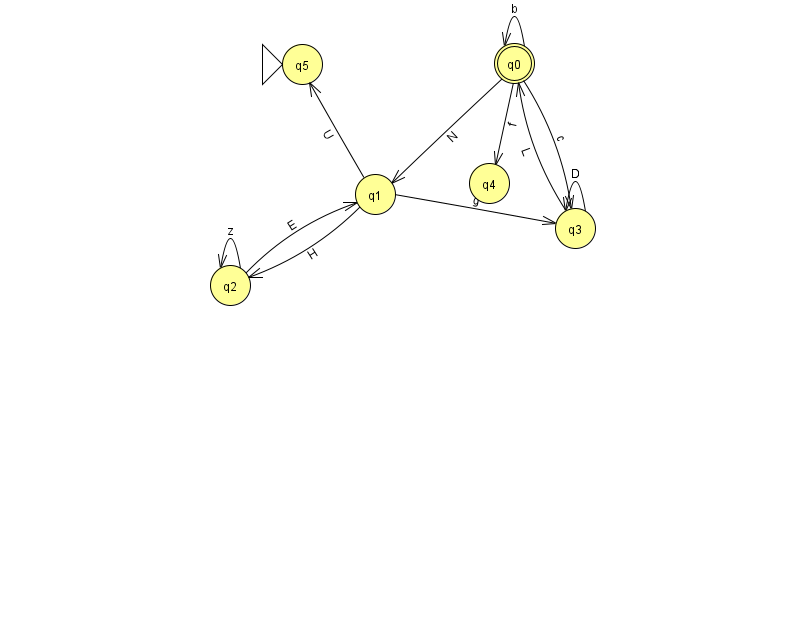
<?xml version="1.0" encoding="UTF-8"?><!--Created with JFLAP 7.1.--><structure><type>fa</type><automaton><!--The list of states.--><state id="0" name="q0"><x>514.0</x><y>50.0</y><final/></state><state id="1" name="q1"><x>375.0</x><y>181.0</y></state><state id="2" name="q2"><x>230.0</x><y>272.0</y></state><state id="3" name="q3"><x>575.0</x><y>215.0</y></state><state id="4" name="q4"><x>489.0</x><y>170.0</y></state><state id="5" name="q5"><x>302.0</x><y>51.0</y><initial/></state><!--The list of transitions.--><transition><from>0</from><to>1</to><read>N</read></transition><transition><from>1</from><to>3</to><read>g</read></transition><transition><from>0</from><to>0</to><read>b</read></transition><transition><from>2</from><to>1</to><read>E</read></transition><transition><from>3</from><to>0</to><read>L</read></transition><transition><from>3</from><to>3</to><read>D</read></transition><transition><from>0</from><to>4</to><read>f</read></transition><transition><from>2</from><to>2</to><read>z</read></transition><transition><from>0</from><to>3</to><read>c</read></transition><transition><from>1</from><to>5</to><read>U</read></transition><transition><from>1</from><to>2</to><read>H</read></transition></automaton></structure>